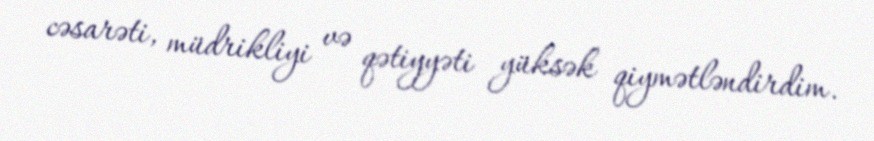
cəsarəti, müdrikliyi və qətiyyəti yüksək qiymətləndirdim.